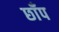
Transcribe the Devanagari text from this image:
छाँप